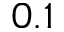
0 . 1